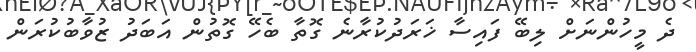
ދެ މީހުންނަށް ލިބޭ ފައިސާ ޚަރަދުކުރާނެ ގޮތާ ބެހޭ ގޮތުން އަބަދު ޒުވާބުކުރަން